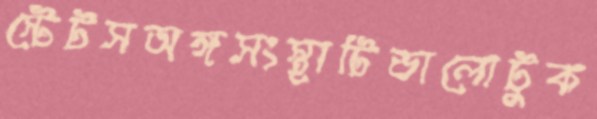
স্টেটসঅঙ্গসংস্থাটিভালোটুক